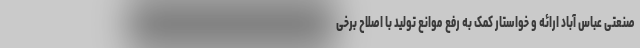
صنعتی عباس آباد ارائه و خواستار کمک به رفع موانع تولید با اصلاح برخی